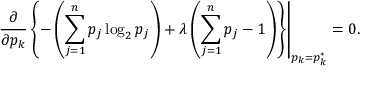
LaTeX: \left. { \frac { \partial } { \partial p _ { k } } } \left\{ - \left( \sum _ { j = 1 } ^ { n } p _ { j } \log _ { 2 } p _ { j } \right) + \lambda \left( \sum _ { j = 1 } ^ { n } p _ { j } - 1 \right) \right\} \right| _ { p _ { k } = p _ { k } ^ { * } } = 0 .